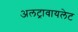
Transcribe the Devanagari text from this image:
अलट्रावायलेट